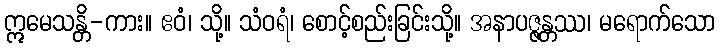
ဣမေသန္တိ-ကား။ ဧဝံ၊ သို့။ သံဝရံ၊ စောင့်စည်းခြင်းသို့။ အနာပဇ္ဇန္တဿ၊ မရောက်သော